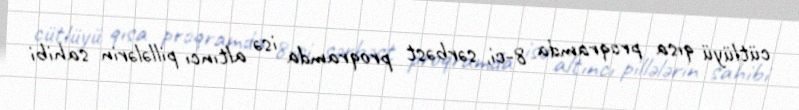
cütlüyü qısa proqramda 8-ci, sərbəst proqramda isə altıncı pillələrin sahibi